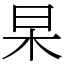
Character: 杲